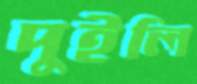
দুইলি